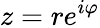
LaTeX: z=re^{i\varphi}